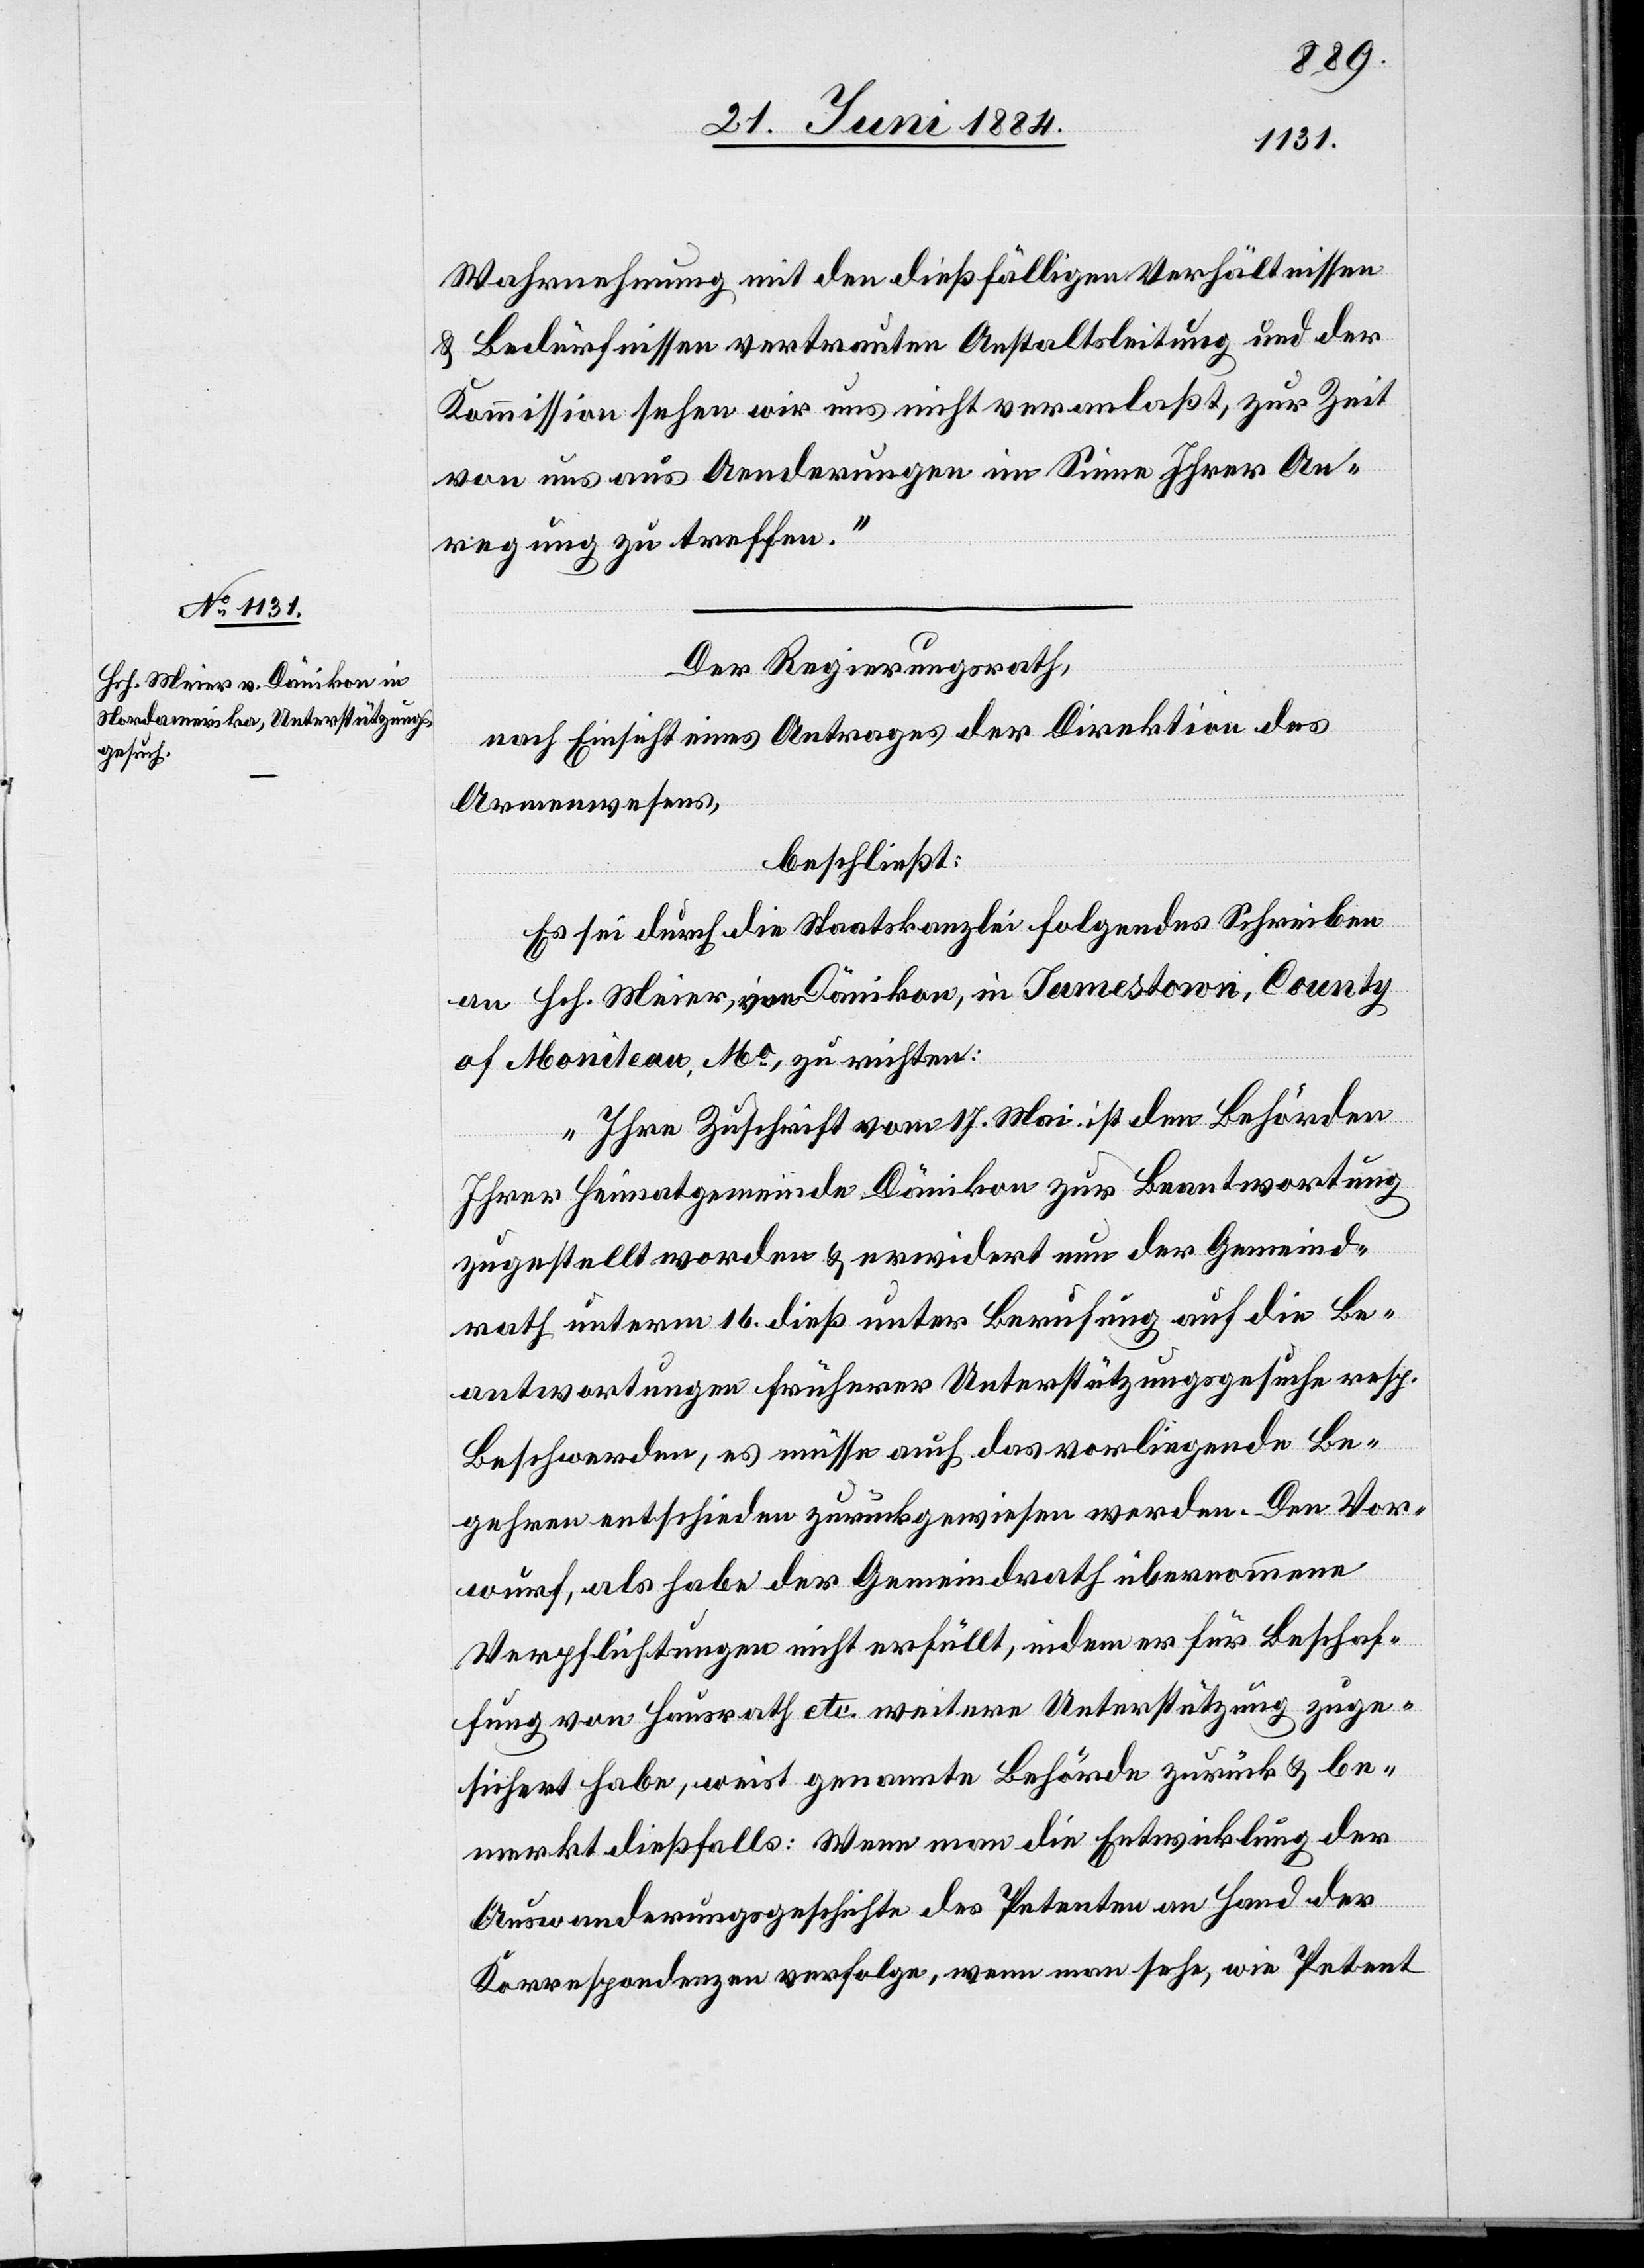
Wahrnehmung mit den dießfälligen Verhältnissen
& Bedürfnissen vertrauten Anstaltsleitung und der
Kommission sehen wir uns nicht veranlaßt, zur Zeit
von uns aus Aenderungen im Sinne Ihrer An¬
regung zu treffen.“
Der Regierungsrath,
nach Einsicht eines Antrages der Direktion des
Armenwesens,
beschließt:
Es sei durch die Staatskanzlei folgendes Schreiben
an Hch. Meier, von Dänikon, in Jamestown, County
of Moniteau, Mo, zu richten:
“Ihre Zuschrift vom 17. Mai ist den Behörden
Ihrer Heimatgemeinde Dänikon zur Beantwortung
zugestellt worden & erwidert nun der Gemeind¬
rath unterm 16. dieß unter Berufung auf die Be¬
antwortungen früherer Unterstützungsgesuche resp.
Beschwerden, es müsse auch das vorliegende Be¬
gehren entschieden zurückgewiesen werden. Den Vor¬
wurf, als habe der Gemeindrath übernommene
Verpflichtungen nicht erfüllt, indem er für Beschaf¬
fung von Hausrath etc. weitere Unterstützung zuge¬
sichert habe, weist genannte Behörde zurück & be¬
merkt dießfalls: Wenn man die Entwicklung der
Auswanderungsgeschichte des Petenten an Hand der
Korrespondenz an verfolge, wenn man sehe, wie Petent